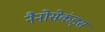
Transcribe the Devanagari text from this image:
नैनोसेकंड्स